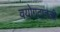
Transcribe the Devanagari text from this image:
वयोगटातली